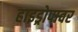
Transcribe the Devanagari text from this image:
हाइड्रोपावर